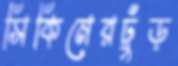
সিকিমেরঢুঁড়